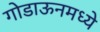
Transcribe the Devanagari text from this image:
गोडाऊनमध्ये